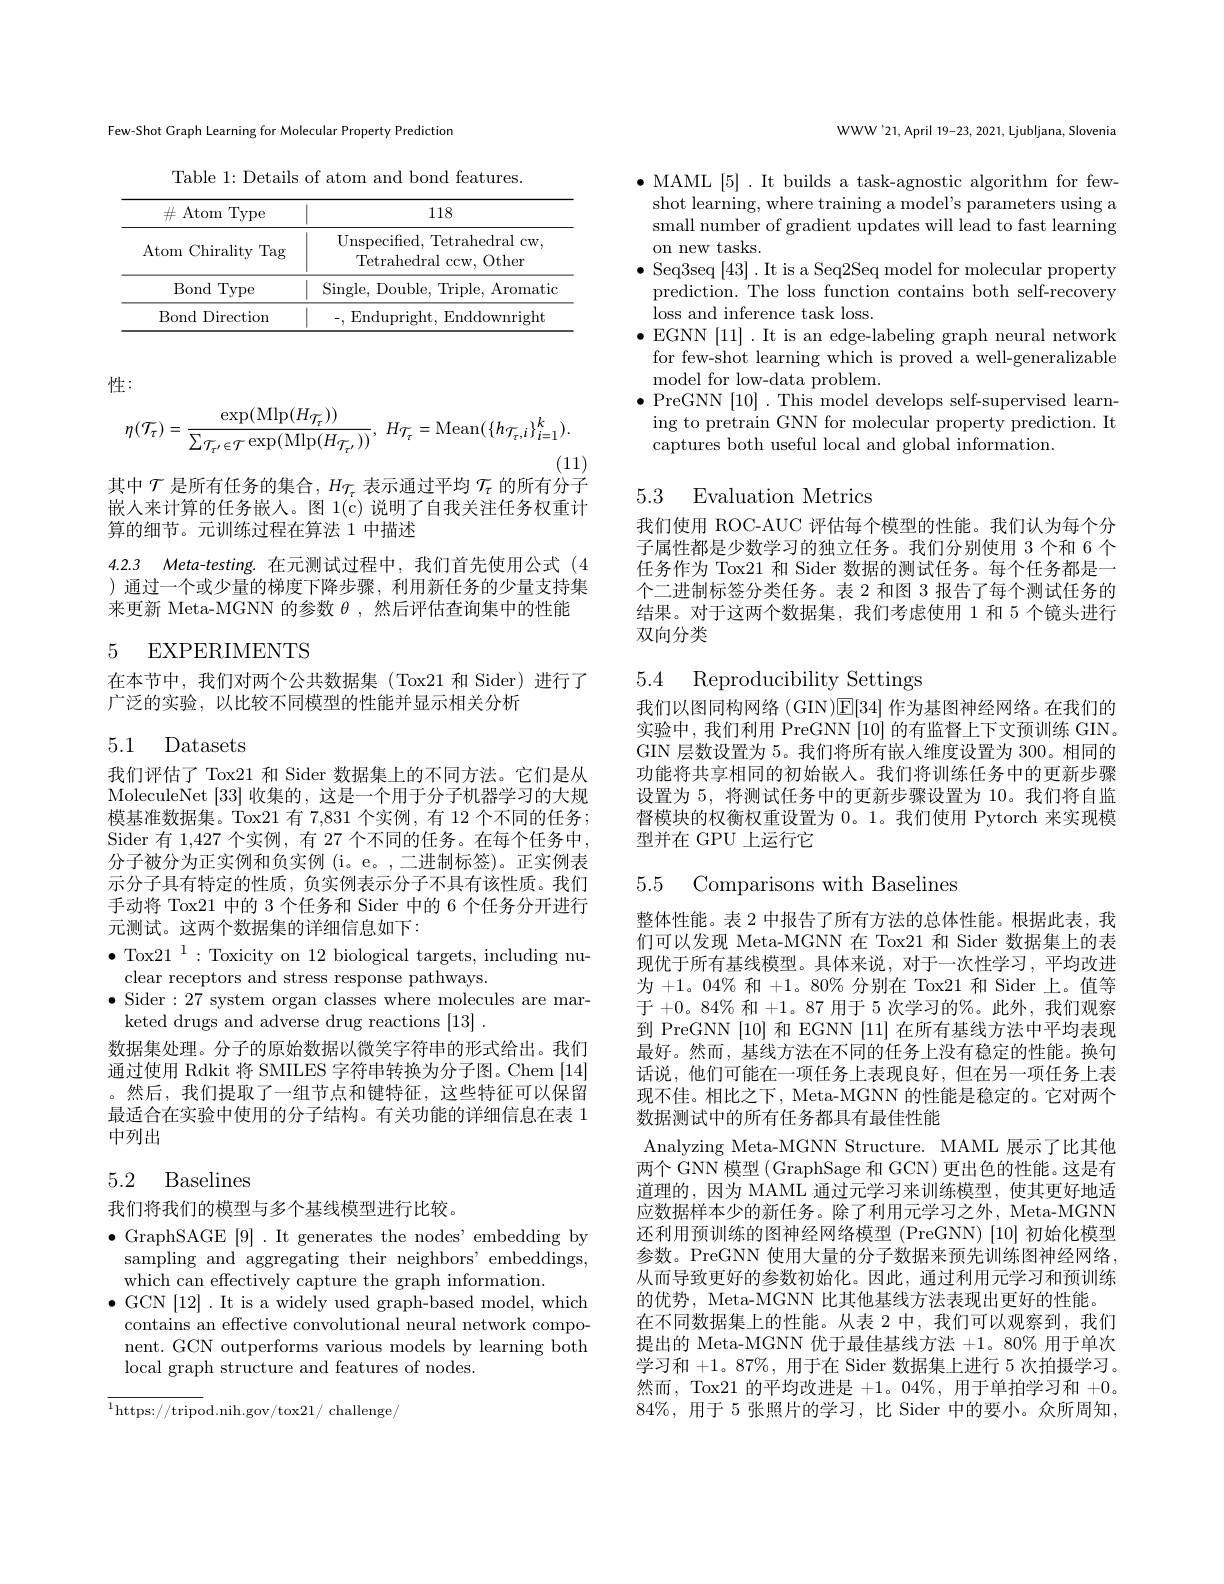
Few-Shot Graph Learning for Molecular Property Prediction

Table 1: Details of atom and bond features.
<table>
	<tbody>
		<tr>
			<th>$\#$ Atom 1Type </th>
			<th>118</th>
		</tr>
		<tr>
			<td>Chirality Tag Atom</td>
			<td>Unspecified, Tetrahedral cw, Tetrahedral ccw, Other</td>
		</tr>
		<tr>
			<td>Bond Type</td>
			<td>Single, Double, Triple, Aromatid</td>
		</tr>
		<tr>
			<td>Bond Directiom</td>
			<td>,Endupright,Enddownright</td>
		</tr>
	</tbody>
</table>

性：
$$\eta(\mathcal{T}_{\tau})=\frac{\exp(\mathrm{Mlp}(H_{\mathcal{T}_{\tau}}))}{\sum_{\mathcal{T}_{\tau^{\prime}}\in\mathcal{T}}\exp(\mathrm{Mlp}(H_{\mathcal{T}_{\tau^{\prime}}}))},\:H_{\mathcal{T}_{\tau}}=\mathrm{Mean}(\{h_{\mathcal{T}_{\tau},i}\}_{i=1}^{k}).$$
(11)

其中$\mathcal{T}$是所有任务的集合，$H_\mathcal{T}_\tau$表示通过平均$\mathcal{T}_\tau$的所有分子

嵌人来计算的任务嵌入。图 1(c) 说明了自我关注任务权重计
算的细节。元训练过程在算法 1 中描述

4.2.3 Meta-testing.在元测试过程中，我们首先使用公式(4

)通过一个或少量的梯度下降步骤，利用新任务的少量支持集
来更新 Meta-MGNN 的参数$\theta$ ,然后评估查询集中的性能

## 5 EXPERIMENTS

在本节中，我们对两个公共数据集(Tox21 和 Sider)进行了
广泛的实验，以比较不同模型的性能并显示相关分析

### 5.1 Datasets

我们评估了 Tox21 和 Sider 数据集上的不同方法。它们是从MoleculeNet [33]收集的，这是一个用于分子机器学习的大规模基准数据集。Tox21 有 7,831 个实例，有 12 个不同的任务； Sider 有 1,427 个实例，有 27 个不同的任务。在每个任务中， 分子被分为正实例和负实例 (i。e。,二进制标签)。正实例表示分子具有特定的性质，负实例表示分子不具有该性质。我们手动将 Tox21 中的 3 个任务和 Sider 中的 6 个任务分开进行元测试。这两个数据集的详细信息如下：
$\bullet$ Tox21$^1:$Toxicity on 12 biological targets, including nu-
clear receptors and stress response pathways.
$\bullet$ Sider:27 system organ classes where molecules are mar-
keted drugs and adverse drug reactions [13].
数据集处理。分子的原始数据以微笑字符串的形式给出。我们通过使用 Rdkit 将 SMILES 字符串转换为分子图。Chem [14] 。然后，我们提取了一组节点和键特征，这些特征可以保留最适合在实验中使用的分子结构。有关功能的详细信息在表 1中列出

# 5.2 Baselines

我们将我们的模型与多个基线模型进行比较。
$\bullet$ GraphSAGE [9]. It generates the nodes' embedding by
sampling and aggregating their neighbors' embeddings,
which can effectively capture the graph information.
$\bullet$ GCN [12] .It is a widely used graph-based model, which contains an effective convolutional neural network component. GCN outperforms various models by learning both local graph structure and features of nodes.

${\overline{^{1}\mathrm{https://tripod.nih.gov/tox21/~challenge/}}}$

WWW'21,April 19-23, 2021, Ljubljana, Slovenia

$\bullet$ MAML [5]. It builds a task-agnostic algorithm for few-
shot learning, where training a model's parameters using a small number of gradient updates will lead to fast learning on new tasks.
$\bullet$ Seq3seq [43]. It is a Seq2Seq model for molecular property prediction. The loss function contains both self-recovery loss and inference task loss.
$\bullet$EGNN [11] .It is an edge-labeling graph neural network
for few-shot learning which is proved a well-generalizable
model for low-data problem.
$\bullet$ PreGNN [10] . This model develops self-supervised learn-
ing to pretrain GNN for molecular property prediction. It
captures both useful local and global information.

5.3 Evaluation Metrics

我们使用 ROC-AUC 评估每个模型的性能。我们认为每个分子属性都是少数学习的独立任务。我们分别使用 3 个和 6 个任务作为 Tox21 和 Sider 数据的测试任务。每个任务都是一个二进制标签分类任务。表 2 和图 3 报告了每个测试任务的结果。对于这两个数据集，我们考虑使用 1 和 5 个镜头进行双向分类

5.4 Reproducibility Settings

我们以图同构网络 (GIN)E[34]作为基图神经网络。在我们的实验中，我们利用 PreGNN [10]的有监督上下文预训练 GIN。GIN 层数设置为 5。我们将所有嵌入维度设置为 300。相同的功能将共享相同的初始嵌人。我们将训练任务中的更新步骤设置为 5, 将测试任务中的更新步骤设置为 10。我们将自监督模块的权衡权重设置为0。1。我们使用 Pytorch 来实现模型并在 GPU 上运行它

# 5.5 Comparisons with Baselines

整体性能。表 2 中报告了所有方法的总体性能。根据此表，我们可以发现 Meta-MGNN 在 Tox21 和 Sider 数据集上的表现优于所有基线模型。具体来说，对于一次性学习，平均改进为+1。04% 和+1。80% 分别在 Tox21 和 Sider 上。值等于+0。84% 和+1。87 用于 5 次学习的%。此外，我们观察到 PreGNN [10] 和 EGNN [11] 在所有基线方法中平均表现最好。然而，基线方法在不同的任务上没有稳定的性能。换句话说，他们可能在一项任务上表现良好，但在另一项任务上表现不佳。相比之下，Meta-MGNN 的性能是稳定的。它对两个数据测试中的所有任务都具有最佳性能
Analyzing Meta-MGNN Structure. MAML 展示了比其他两个 GNN 模型 (GraphSage 和 GCN) 更出色的性能。这是有道理的，因为 MAML 通过元学习来训练模型，使其更好地适应数据样本少的新任务。除了利用元学习之外，Meta-MGNN 还利用预训练的图神经网络模型 (PreGNN) [10] 初始化模型参数。PreGNN 使用大量的分子数据来预先训练图神经网络， 从而导致更好的参数初始化。因此，通过利用元学习和预训练的优势，Meta-MGNN 比其他基线方法表现出更好的性能。
在不同数据集上的性能。从表 2 中，我们可以观察到，我们提出的 Meta-MGNN 优于最佳基线方法+1。80% 用于单次学习和+1。87%, 用于在 Sider 数据集上进行 5 次拍摄学习。然而，Tox21 的平均改进是+1。04%,用于单拍学习和+0。$84\%$, 用于 5 张照片的学习，比 Sider 中的要小。众所周知，